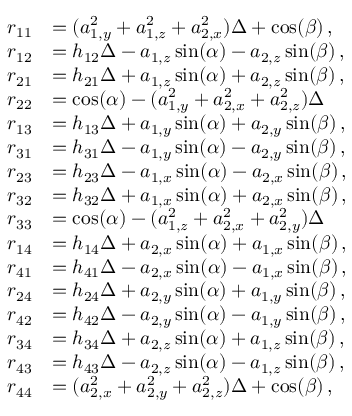
\begin{array} { r l } { r _ { 1 1 } } & { = ( a _ { 1 , y } ^ { 2 } + a _ { 1 , z } ^ { 2 } + a _ { 2 , x } ^ { 2 } ) \Delta + \cos ( \beta ) \, , } \\ { r _ { 1 2 } } & { = h _ { 1 2 } \Delta - a _ { 1 , z } \sin ( \alpha ) - a _ { 2 , z } \sin ( \beta ) \, , } \\ { r _ { 2 1 } } & { = h _ { 2 1 } \Delta + a _ { 1 , z } \sin ( \alpha ) + a _ { 2 , z } \sin ( \beta ) \, , } \\ { r _ { 2 2 } } & { = \cos ( \alpha ) - ( a _ { 1 , y } ^ { 2 } + a _ { 2 , x } ^ { 2 } + a _ { 2 , z } ^ { 2 } ) \Delta } \\ { r _ { 1 3 } } & { = h _ { 1 3 } \Delta + a _ { 1 , y } \sin ( \alpha ) + a _ { 2 , y } \sin ( \beta ) \, , } \\ { r _ { 3 1 } } & { = h _ { 3 1 } \Delta - a _ { 1 , y } \sin ( \alpha ) - a _ { 2 , y } \sin ( \beta ) \, , } \\ { r _ { 2 3 } } & { = h _ { 2 3 } \Delta - a _ { 1 , x } \sin ( \alpha ) - a _ { 2 , x } \sin ( \beta ) \, , } \\ { r _ { 3 2 } } & { = h _ { 3 2 } \Delta + a _ { 1 , x } \sin ( \alpha ) + a _ { 2 , x } \sin ( \beta ) \, , } \\ { r _ { 3 3 } } & { = \cos ( \alpha ) - ( a _ { 1 , z } ^ { 2 } + a _ { 2 , x } ^ { 2 } + a _ { 2 , y } ^ { 2 } ) \Delta } \\ { r _ { 1 4 } } & { = h _ { 1 4 } \Delta + a _ { 2 , x } \sin ( \alpha ) + a _ { 1 , x } \sin ( \beta ) \, , } \\ { r _ { 4 1 } } & { = h _ { 4 1 } \Delta - a _ { 2 , x } \sin ( \alpha ) - a _ { 1 , x } \sin ( \beta ) \, , } \\ { r _ { 2 4 } } & { = h _ { 2 4 } \Delta + a _ { 2 , y } \sin ( \alpha ) + a _ { 1 , y } \sin ( \beta ) \, , } \\ { r _ { 4 2 } } & { = h _ { 4 2 } \Delta - a _ { 2 , y } \sin ( \alpha ) - a _ { 1 , y } \sin ( \beta ) \, , } \\ { r _ { 3 4 } } & { = h _ { 3 4 } \Delta + a _ { 2 , z } \sin ( \alpha ) + a _ { 1 , z } \sin ( \beta ) \, , } \\ { r _ { 4 3 } } & { = h _ { 4 3 } \Delta - a _ { 2 , z } \sin ( \alpha ) - a _ { 1 , z } \sin ( \beta ) \, , } \\ { r _ { 4 4 } } & { = ( a _ { 2 , x } ^ { 2 } + a _ { 2 , y } ^ { 2 } + a _ { 2 , z } ^ { 2 } ) \Delta + \cos ( \beta ) \, , } \end{array}